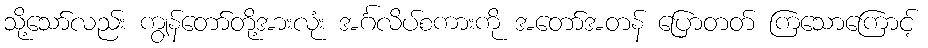
သို့သော်လည်း ကျွန်တော်တို့အားလုံး အင်္ဂလိပ်စကားကို အတော်အတန် ပြောတတ် ကြသောကြောင့်